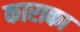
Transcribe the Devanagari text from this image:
काराका